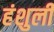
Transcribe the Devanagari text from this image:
हंशुली